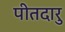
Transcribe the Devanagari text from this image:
पीतदारु